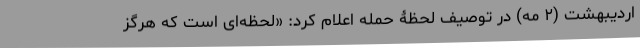
اردیبهشت (۲ مه) در توصیف لحظۀ حمله اعلام کرد: «لحظه‌ای است که هرگز